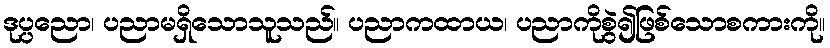
ဒုပ္ပညော၊ ပညာမရှိသောသူသည်။ ပညာကထာယ၊ ပညာကိုစွဲ၍ဖြစ်သောစကားကို။